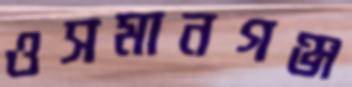
ওসমানগঞ্জ